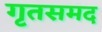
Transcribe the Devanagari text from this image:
गृतसमद